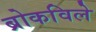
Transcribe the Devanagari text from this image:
ब्रोकविले